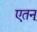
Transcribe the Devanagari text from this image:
एतन्‌